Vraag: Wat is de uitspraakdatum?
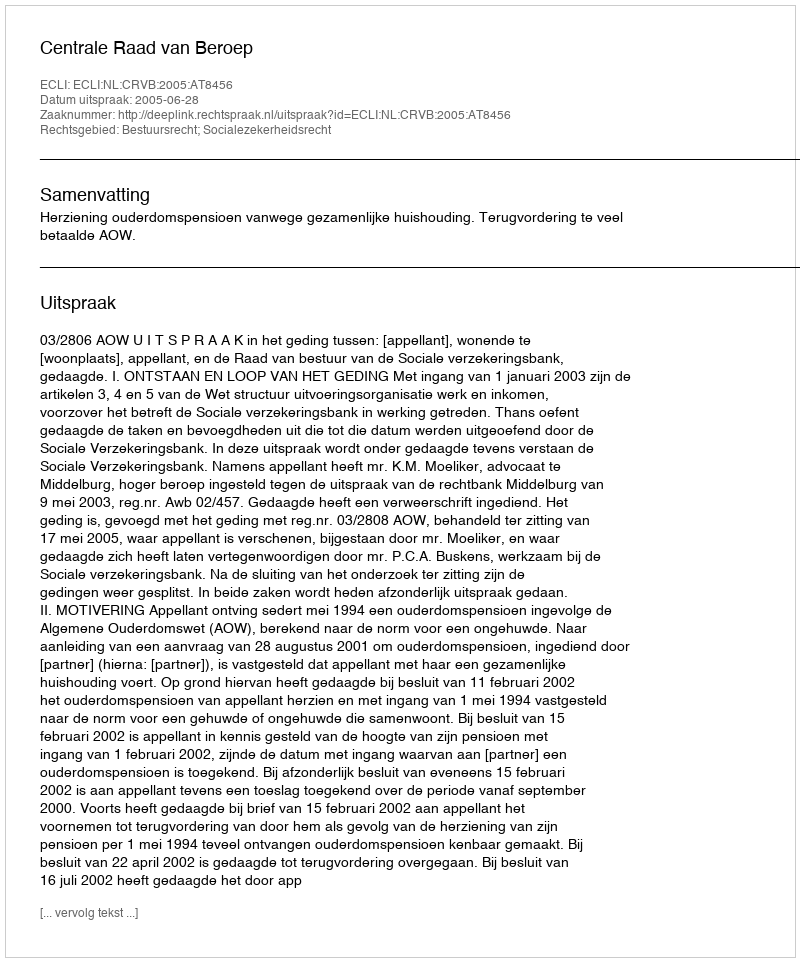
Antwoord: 2005-06-28